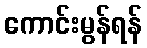
ကောင်းမွန်ရန်